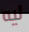
ليه